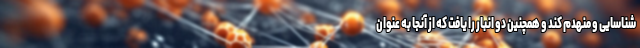
شناسایی و منهدم کند و همچنین دو انبار را یافت که از آنجا به عنوان